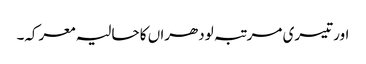
اور تیسری مرتبہ لودھراں کا حالیہ معرکہ۔